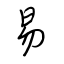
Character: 易